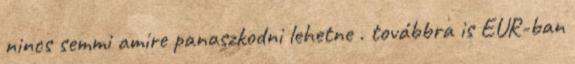
nincs semmi amire panaszkodni lehetne . továbbra is EUR-ban